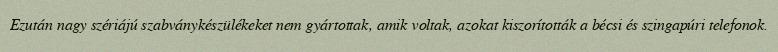
Ezután nagy szériájú szabványkészülékeket nem gyártottak, amik voltak, azokat kiszorították a bécsi és szingapúri telefonok.